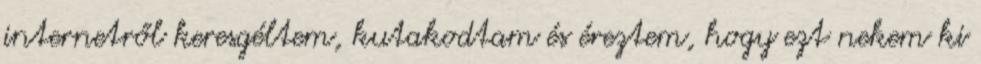
internetről keresgéltem, kutakodtam és éreztem, hogy ezt nekem ki